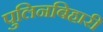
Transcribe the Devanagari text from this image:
पुलिनबिहारी